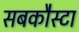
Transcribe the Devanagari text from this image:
सबकौस्टा